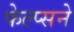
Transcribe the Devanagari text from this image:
फेल्प्सने